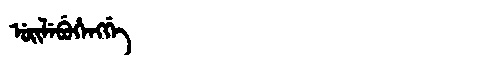
Manchu: ᡠᡳᠯᡝᠪᡠᡥᡝᠩᡤᡝ
Romanization: UILEBUHENGGE